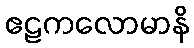
ဧဠကလောမာနိ